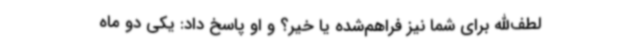
لطف‌الله برای شما نیز فراهم‌شده یا خیر؟ و او پاسخ داد: یکی دو ماه